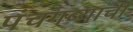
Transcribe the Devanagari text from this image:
पंचगव्याची